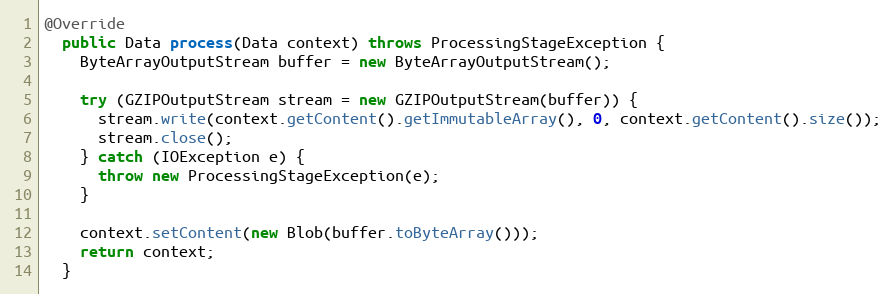
Language: Java
@Override
  public Data process(Data context) throws ProcessingStageException {
    ByteArrayOutputStream buffer = new ByteArrayOutputStream();

    try (GZIPOutputStream stream = new GZIPOutputStream(buffer)) {
      stream.write(context.getContent().getImmutableArray(), 0, context.getContent().size());
      stream.close();
    } catch (IOException e) {
      throw new ProcessingStageException(e);
    }

    context.setContent(new Blob(buffer.toByteArray()));
    return context;
  }